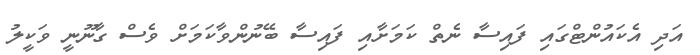
އަދި އެކައުންޓްގައި ފައިސާ ނެތް ކަމަށާއި ފައިސާ ބޭނުންވާކަމަށް ވެސް ގާނޫނީ ވަކީލު